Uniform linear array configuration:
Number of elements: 8
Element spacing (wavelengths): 0.5
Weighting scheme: exponential
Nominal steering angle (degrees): -30
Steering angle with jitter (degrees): -28.452
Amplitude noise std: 0.05
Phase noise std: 0.05

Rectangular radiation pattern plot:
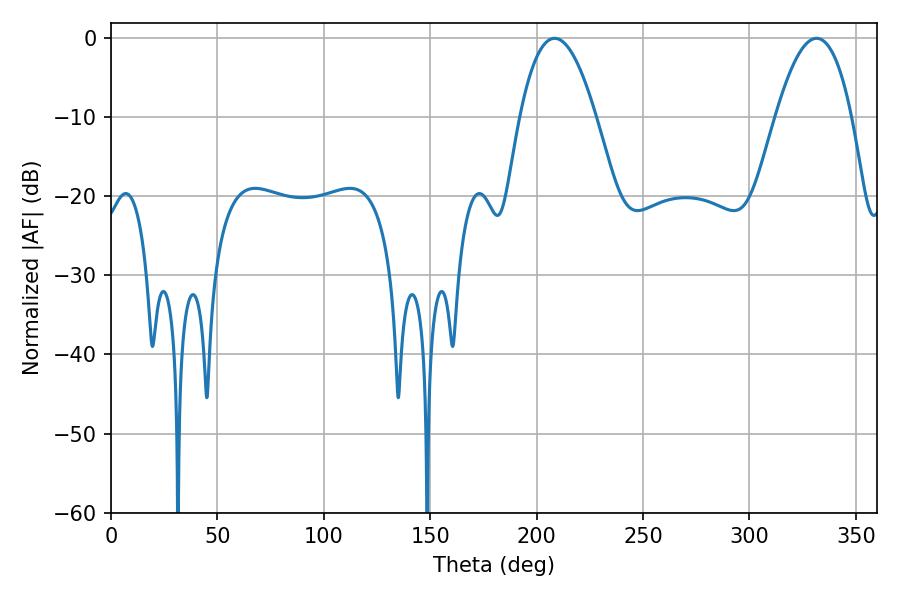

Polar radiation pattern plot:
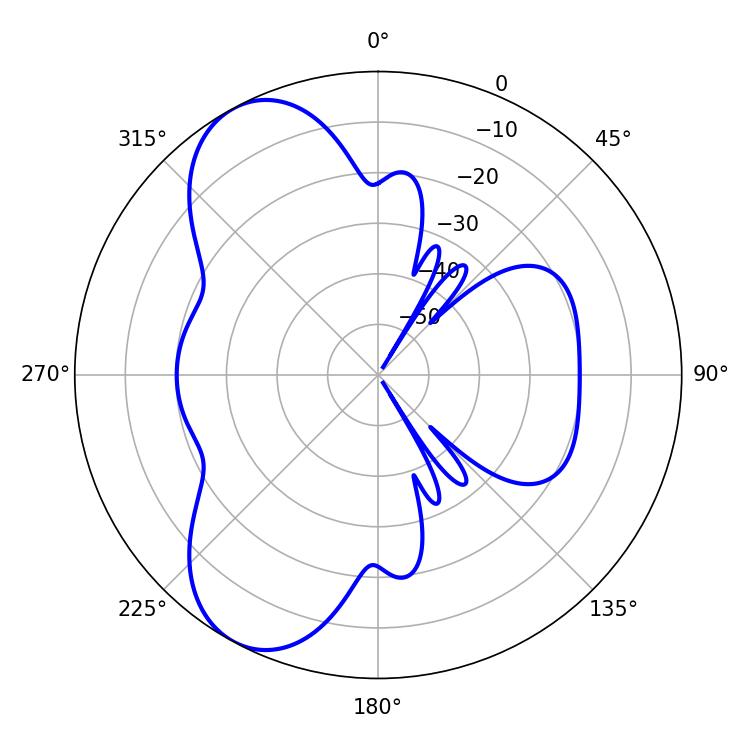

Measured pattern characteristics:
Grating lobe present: FALSE
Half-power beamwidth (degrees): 19.62
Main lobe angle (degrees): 208.44